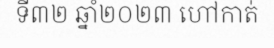
ទី៣២ ឆ្នាំ២០២៣ ហៅកាត់